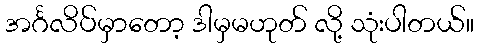
အင်္ဂလိပ်မှာတော့ ဒါမှမဟုတ် လို့ သုံးပါတယ်။